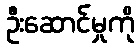
ဦးဆောင်မှုကို